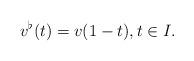
LaTeX: \begin{align*}v^\flat(t)= v(1-t), t\in I.\end{align*}